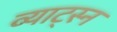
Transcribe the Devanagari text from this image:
व्याट्स्न